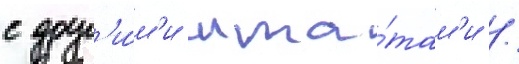
с друг'и́м'и шта́там'и /